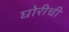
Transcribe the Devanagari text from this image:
घोरीची